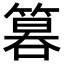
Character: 𥰻